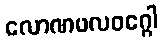
လောဏဖလဝဂ္ဂေါ